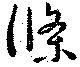
條